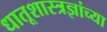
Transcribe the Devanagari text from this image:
धातूशास्त्रज्ञांच्या